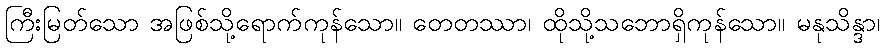
ကြီးမြတ်သော အဖြစ်သို့ရောက်ကုန်သော။ တေတဿာ၊ ထိုသို့သဘောရှိကုန်သော။ မနုသိန္ဒာ၊